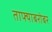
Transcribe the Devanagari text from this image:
ताफ्याबरोबर